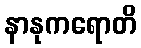
နာနုကရောတိ